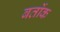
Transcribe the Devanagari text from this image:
बर्तोक